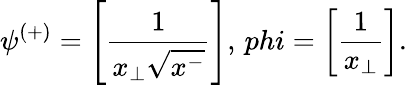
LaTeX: \psi^{(+)}=\left[\frac{1}{x_{\perp}\sqrt{x^{-}}}\right],\, phi=\left[\frac{1}{x_{\perp}}\right].